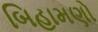
બિહામણો